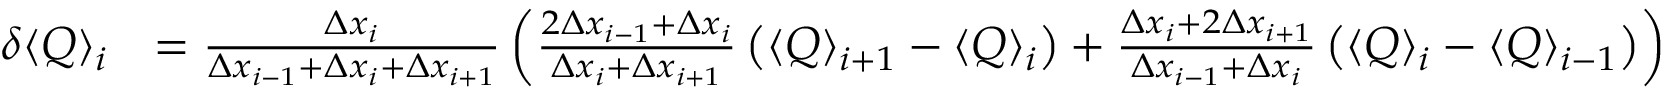
\begin{array} { r l } { \delta \langle Q \rangle _ { i } } & { = \frac { \Delta x _ { i } } { \Delta x _ { i - 1 } + \Delta x _ { i } + \Delta x _ { i + 1 } } \left( \frac { 2 \Delta x _ { i - 1 } + \Delta x _ { i } } { \Delta x _ { i } + \Delta x _ { i + 1 } } \left( \langle Q \rangle _ { i + 1 } - \langle Q \rangle _ { i } \right) + \frac { \Delta x _ { i } + 2 \Delta x _ { i + 1 } } { \Delta x _ { i - 1 } + \Delta x _ { i } } \left( \langle Q \rangle _ { i } - \langle Q \rangle _ { i - 1 } \right) \right) } \end{array}